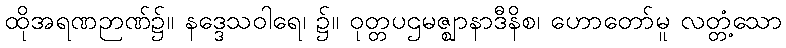
ထိုအရဏဉာဏ်၌။ နဒ္ဒေသဝါရေ၊ ၌။ ဝုတ္တပဌမဇ္ဈာနာဒီနိစ၊ ဟောတော်မူ လတ္တံ့သော